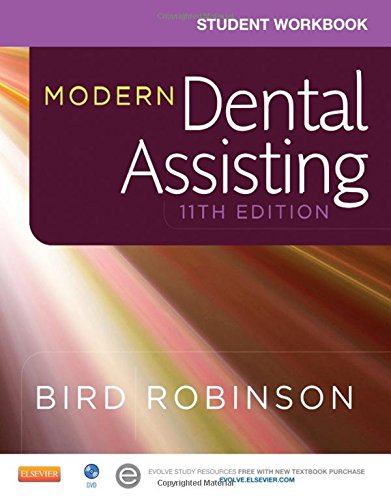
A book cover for Student Workbook for Modern Dental Assisting, 11e; Doni L. Bird CDA  RDA  RDH  MA; Medical Books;